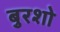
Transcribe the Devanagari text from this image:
बुरशो